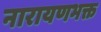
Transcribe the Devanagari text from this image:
नारायणभक्त